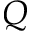
Q